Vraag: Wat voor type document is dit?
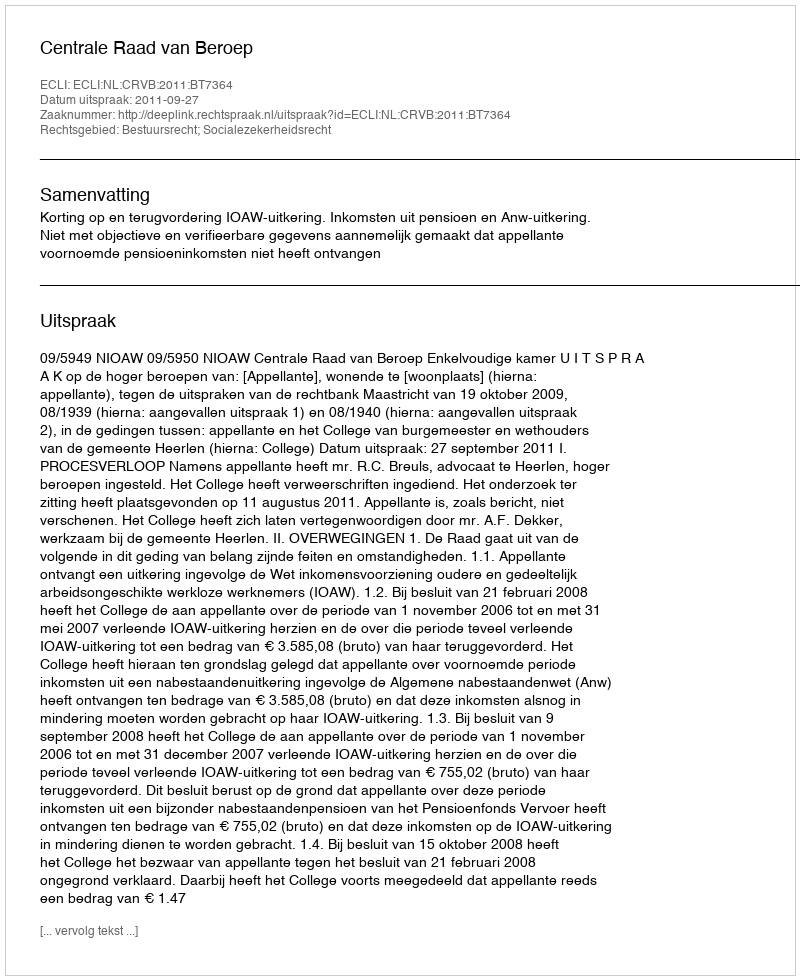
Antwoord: Uitspraak